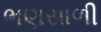
ભણસાળી